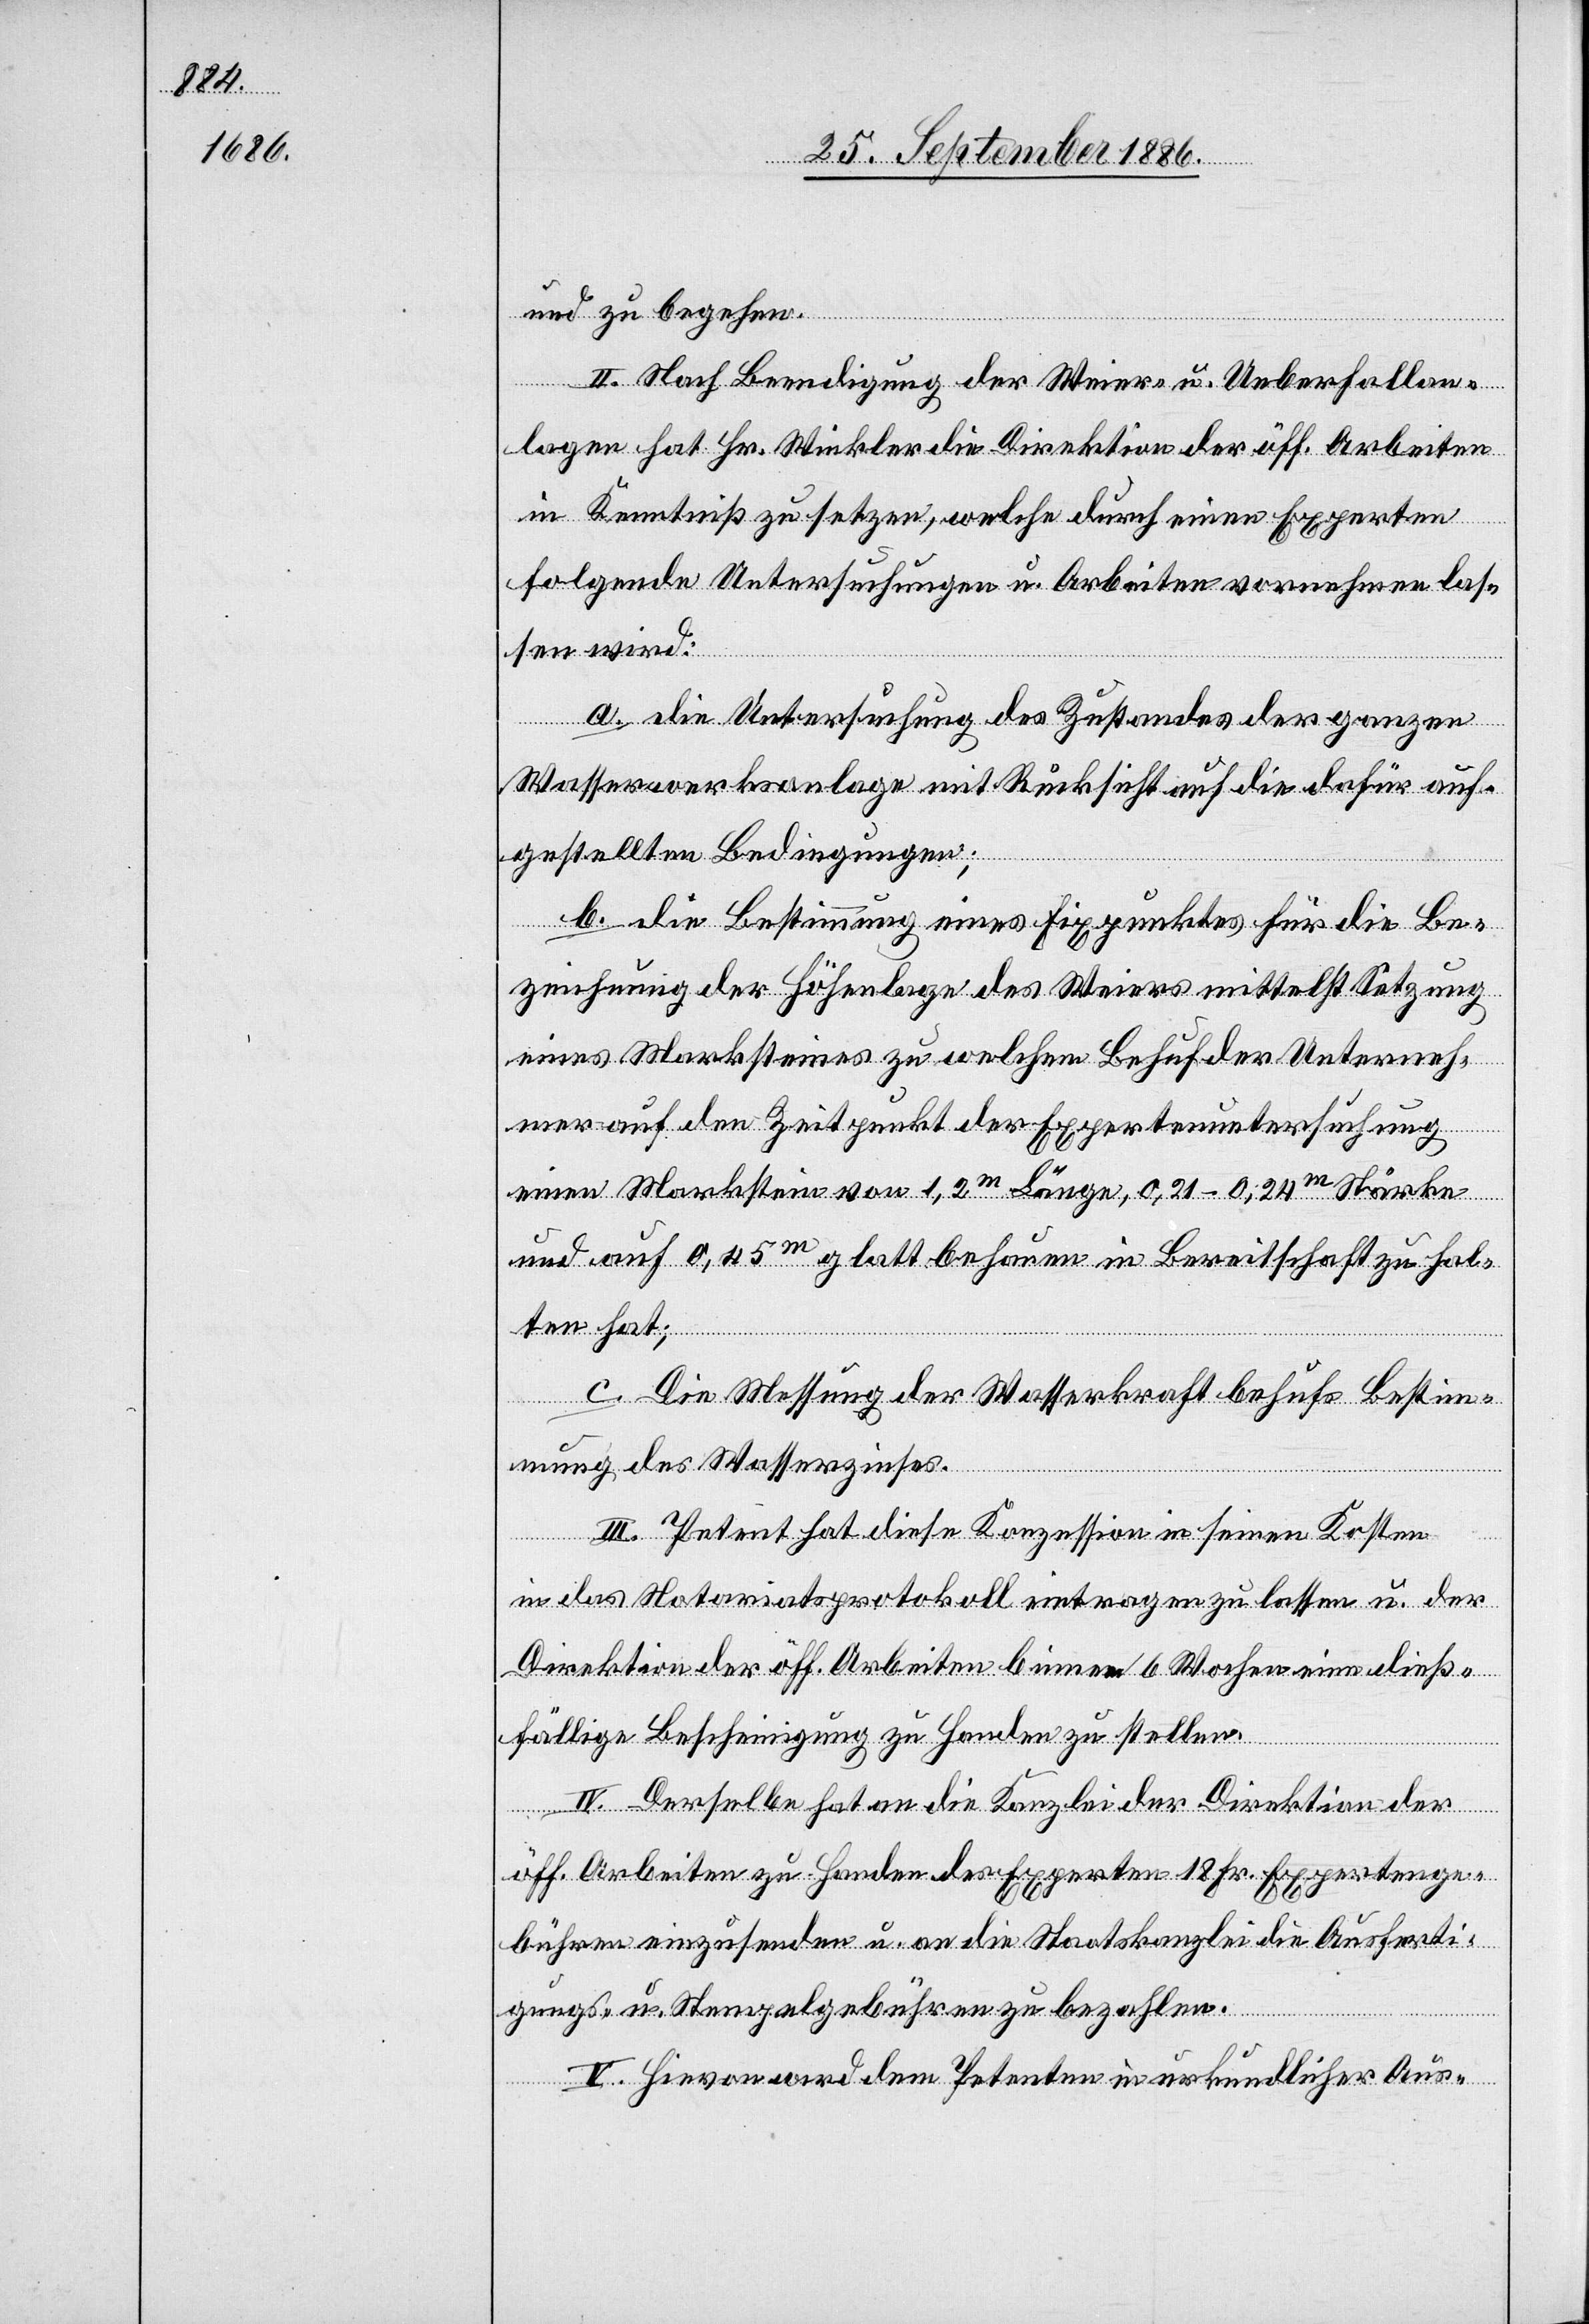
und zu begehen.
II. Nach Beendigung der Weier- u. Ueberfallan¬
lagen hat Hr. Winkler die Direktion der öff. Arbeiten
in Kenntniß zu setzen, welche durch einen Experten
folgende Untersuchungen u. Arbeiten vornehmen las¬
sen wird:
a. die Untersuchung des Zustandes der ganzen
Wasserwerksanlage mit Rücksicht auf die dafür auf¬
gestellten Bedingungen;
b. die Bestimmung eines Fixpunktes für die Be¬
zeichnung der Höhenlage des Weiers mittelst Setzung
eines Marksteines zu welchem Behufe der Unterneh¬
mer auf den Zeitpunkt der Expertenuntersuchung
einen Markstein von 1,2m Länge, 0,21–0,24m Stärke
und auf 0,45m glatt behauen in Bereitschaft zu hal¬
ten hat;
c. Die Messung der Wasserkraft behufs Bestim¬
mung des Wasserzinses.
III. Petent hat diese Konzession in seinen Kosten
in das Notariatsprotokoll eintragen zu lassen u. der
Direktion der öff. Arbeiten binnen 6 Wochen eine dieß¬
fällige Bescheinigung zu Handen zu stellen.
IV. Derselbe hat an die Kanzlei der Direktion der
öff. Arbeiten zu Handen des Experten 18 Fr. Expertenge¬
bühren einzusenden u. an die Staatskanzlei die Ausferti¬
gungs- u. Stempelgebühren zu bezahlen.
V. Hievon wird dem Petenten in urkundlicher Aus-